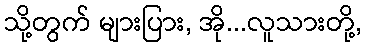
သို့တွက် များပြား, အို...လူသားတို့,